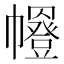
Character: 𭘼